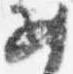
女